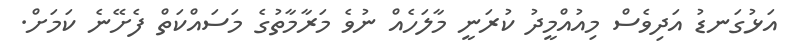
އަޅުގަނޑު އަދިވެސް މިއުއްމީދު ކުރަނީ މާލަހެއް ނުވެ މަރާމާތުގެ މަސައްކަތް ފެށޭނެ ކަމަށް.